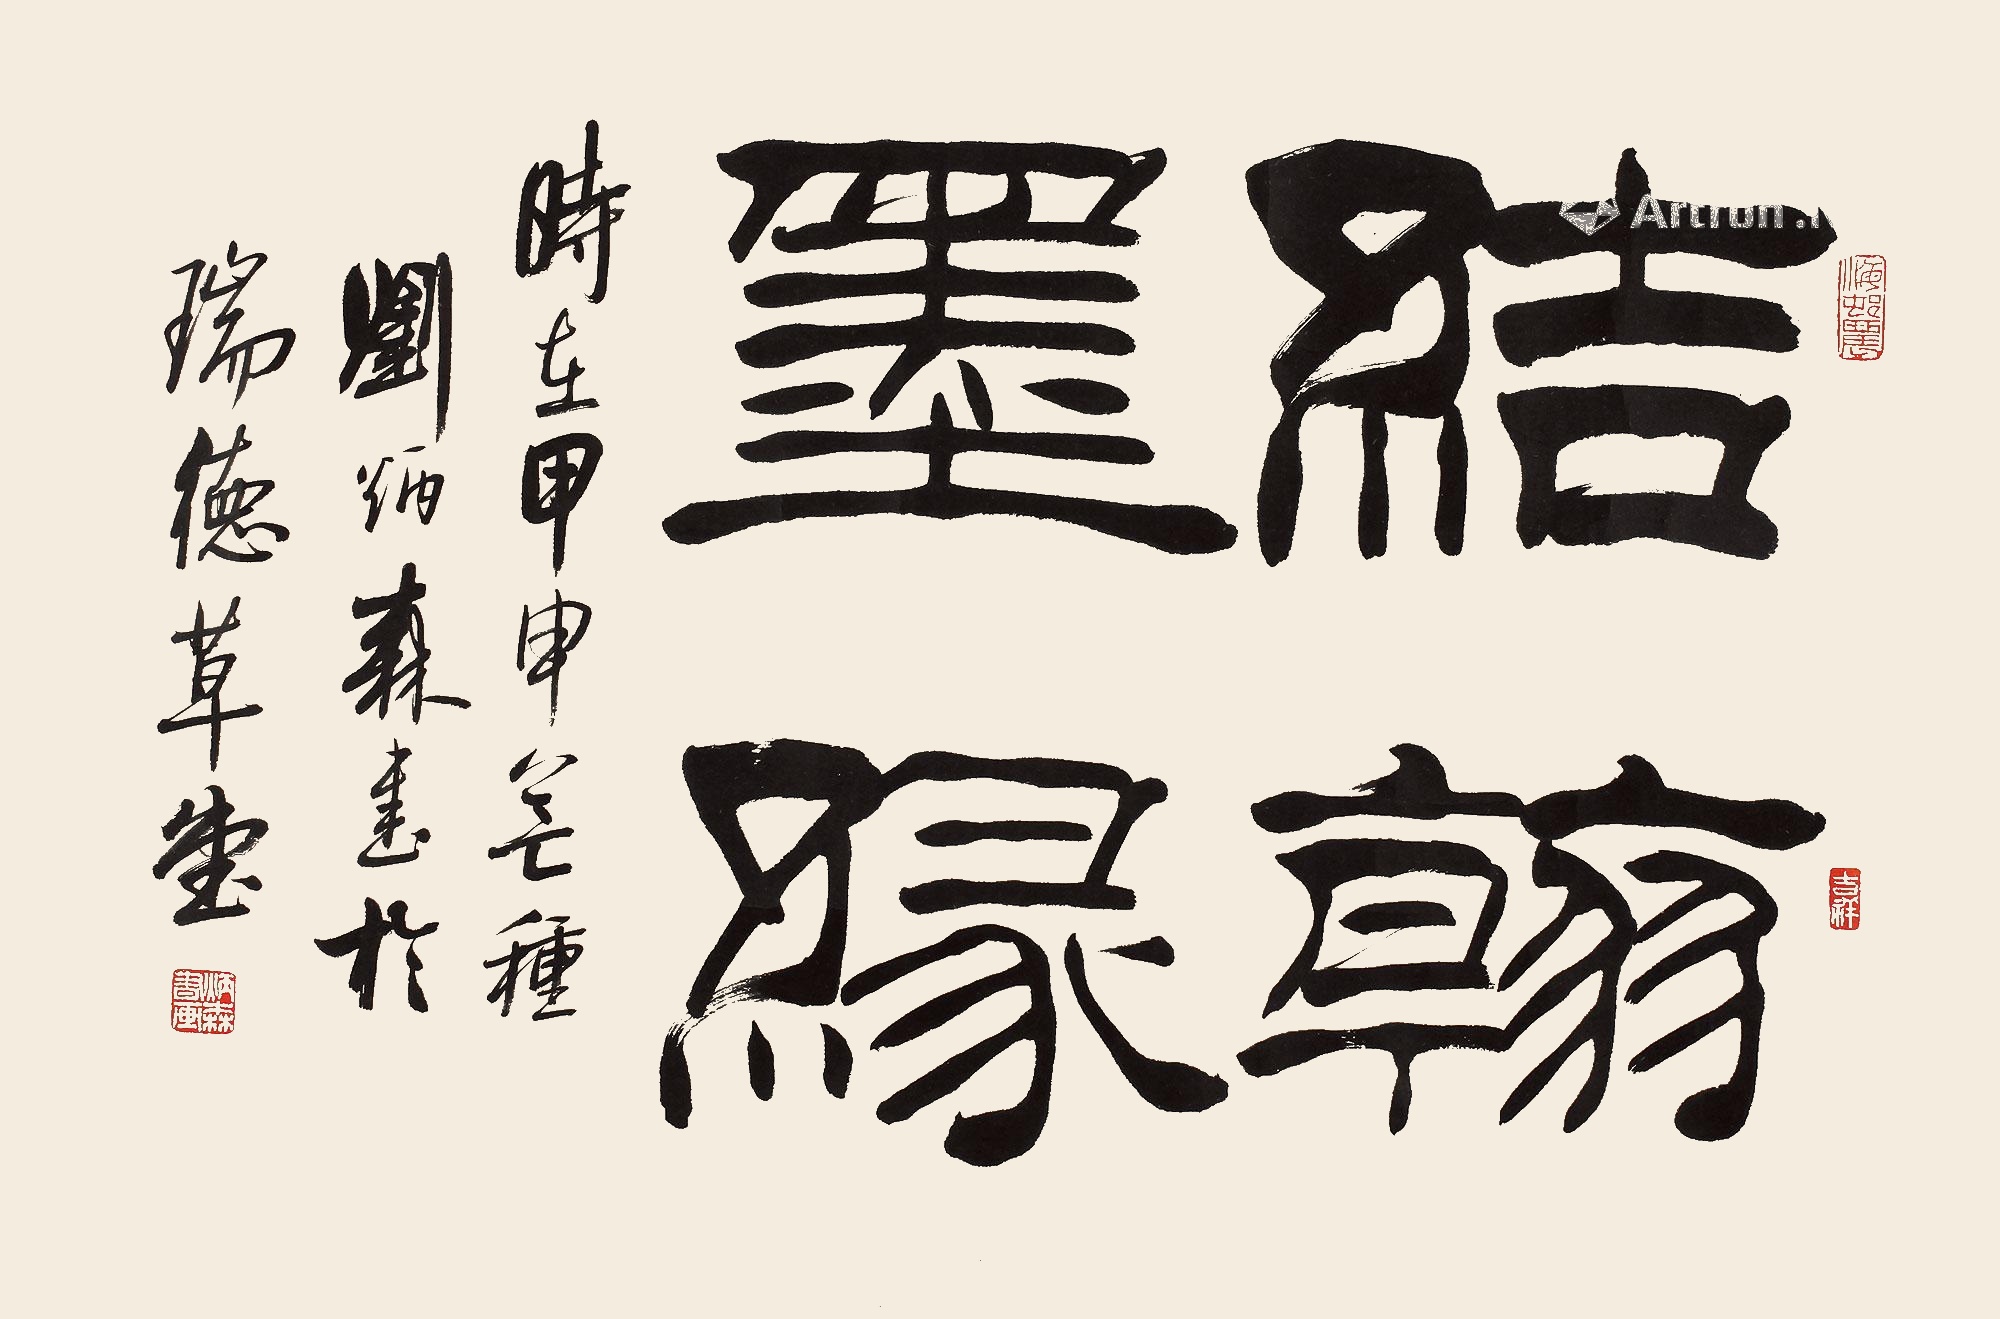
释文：结翰墨缘时在甲申芒种，刘炳森书于瑞德草堂。